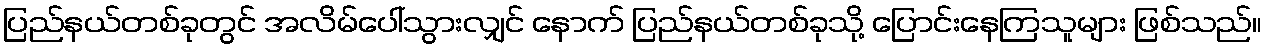
ပြည်နယ်တစ်ခုတွင် အလိမ်ပေါ်သွားလျှင် နောက် ပြည်နယ်တစ်ခုသို့ ပြောင်းနေကြသူများ ဖြစ်သည်။